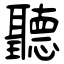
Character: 聽